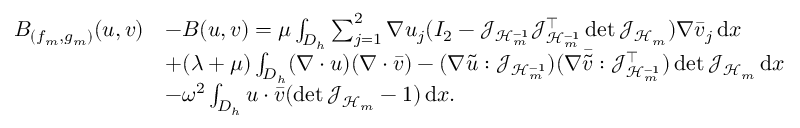
\begin{array} { r l } { B _ { ( f _ { m } , g _ { m } ) } ( u , v ) } & { - B ( u , v ) = \mu \int _ { D _ { h } } \sum _ { j = 1 } ^ { 2 } \nabla u _ { j } ( I _ { 2 } - \mathcal { J } _ { \mathcal { H } _ { m } ^ { - 1 } } \mathcal { J } _ { \mathcal { H } _ { m } ^ { - 1 } } ^ { \top } \operatorname* { d e t } { \mathcal { J } _ { \mathcal { H } _ { m } } } ) \nabla \bar { v } _ { j } \, \mathrm { d } x } \\ & { + ( \lambda + \mu ) \int _ { D _ { h } } ( \nabla \cdot u ) ( \nabla \cdot \bar { v } ) - ( \nabla \tilde { u } : \mathcal { J } _ { \mathcal { H } _ { m } ^ { - 1 } } ) ( \nabla \bar { \tilde { v } } : \mathcal { J } _ { \mathcal { H } _ { m } ^ { - 1 } } ^ { \top } ) \operatorname* { d e t } { \mathcal { J } _ { \mathcal { H } _ { m } } } \, \mathrm { d } x } \\ & { - \omega ^ { 2 } \int _ { D _ { h } } u \cdot \bar { v } ( \operatorname* { d e t } { \mathcal { J } _ { \mathcal { H } _ { m } } } - 1 ) \, \mathrm { d } x . } \end{array}